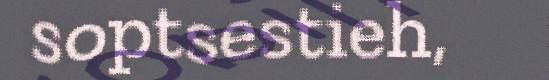
soptsestieh,